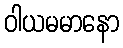
ဝါယမမာနော